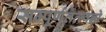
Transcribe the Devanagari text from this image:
सम्पूर्णतत्त्वज्ञो